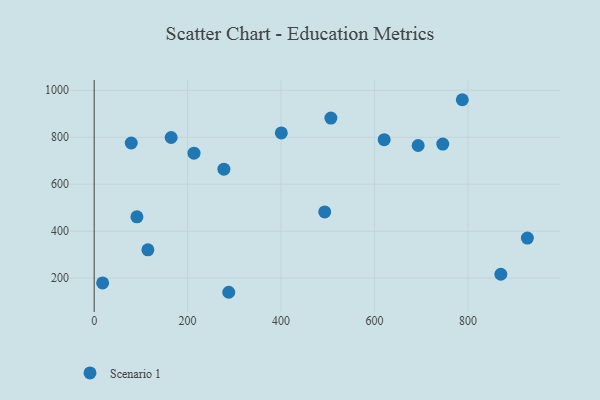
{"axis": {"x": "Study Hours", "y": "Demand"}, "legend": ["Scenario 1"], "data": [{"x": "164.8", "y": 798.9, "type": "Scenario 1"}, {"x": "79.4", "y": 775.5, "type": "Scenario 1"}, {"x": "277.7", "y": 664.0, "type": "Scenario 1"}, {"x": "693.5", "y": 764.8, "type": "Scenario 1"}, {"x": "927.3", "y": 370.5, "type": "Scenario 1"}, {"x": "91.5", "y": 461.1, "type": "Scenario 1"}, {"x": "788.0", "y": 959.8, "type": "Scenario 1"}, {"x": "115.0", "y": 320.2, "type": "Scenario 1"}, {"x": "493.5", "y": 481.9, "type": "Scenario 1"}, {"x": "288.1", "y": 139.5, "type": "Scenario 1"}, {"x": "870.5", "y": 216.3, "type": "Scenario 1"}, {"x": "506.7", "y": 881.8, "type": "Scenario 1"}, {"x": "400.6", "y": 818.5, "type": "Scenario 1"}, {"x": "746.2", "y": 770.9, "type": "Scenario 1"}, {"x": "18.1", "y": 179.5, "type": "Scenario 1"}, {"x": "213.7", "y": 732.1, "type": "Scenario 1"}, {"x": "620.8", "y": 789.8, "type": "Scenario 1"}]}